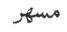
مسھر